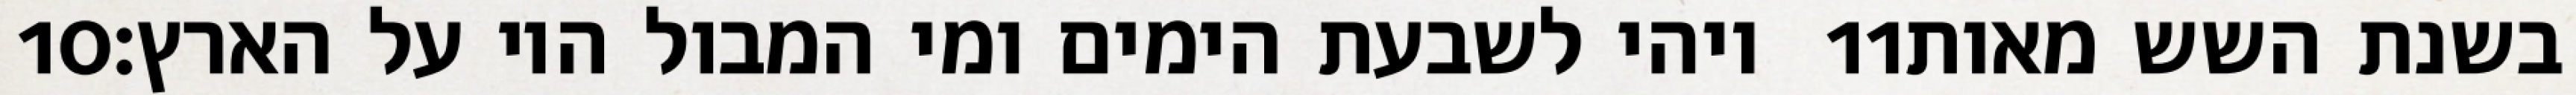
‎10‏ ויהי לשבעת הימים ומי המבול היו על הארץ׃ ‎11‏ בשנת השש מאות